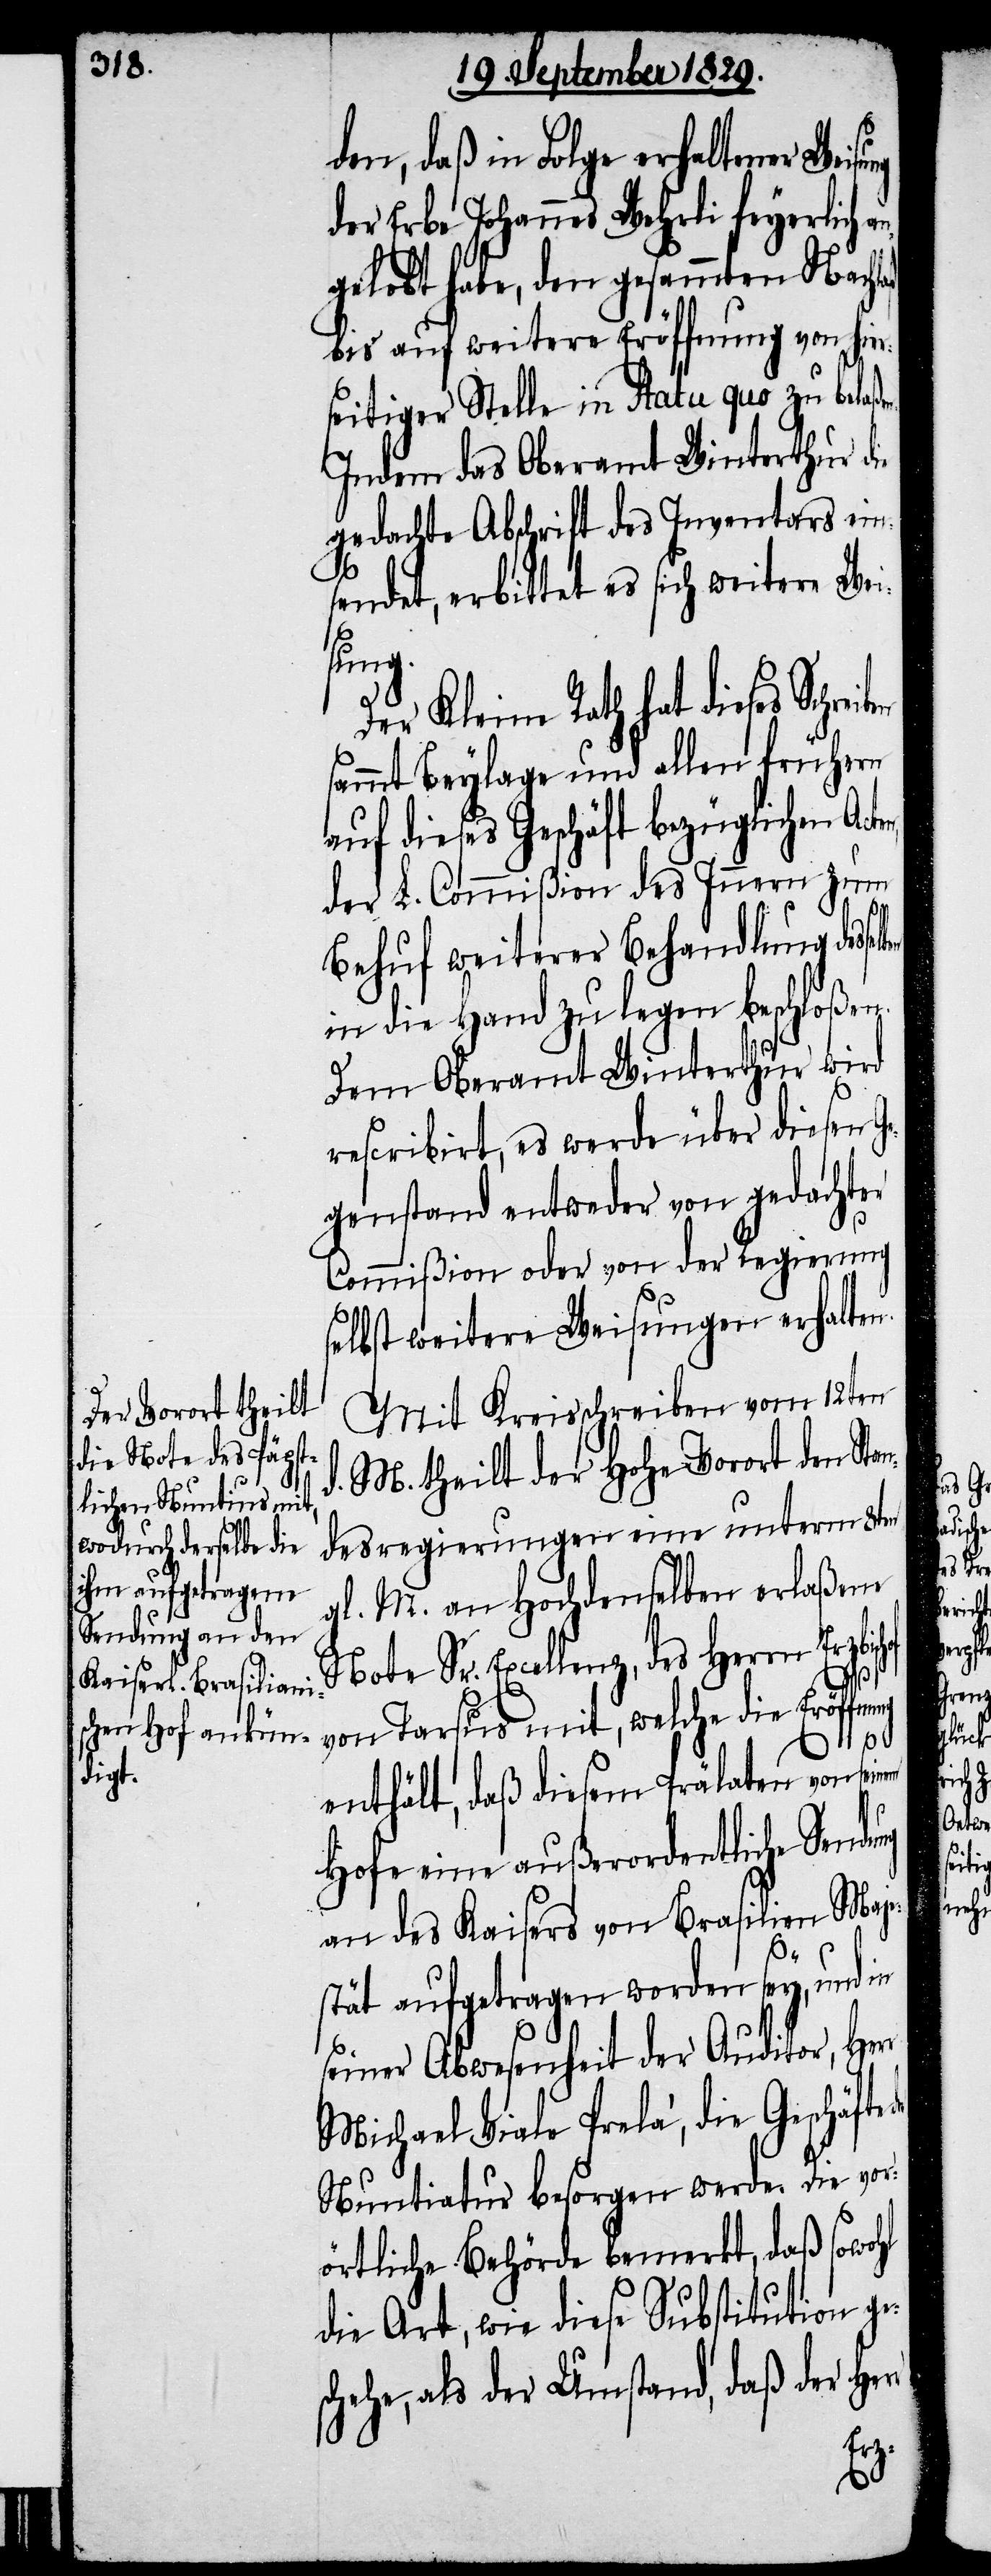
den, daß in Folge erhaltener Wei¬
der Erbe Johannes Wehrli feyerlich a¬
ngelobt habe, den gesammten Nachlaß
bis auf weitere Eröffnung von hier¬
seitiger Stelle in statu quo zu belaß¬
Indem das Oberamt Winterthur die
gedachte Abschrift des Inventars ein¬
sendet, erbittet es sich weitere Wei¬
ung
Der Kleine Rath hat dieses Schrei¬
sammt Beylage und allen frühern
auf dieses Geschäft bezüglichen Act¬
der L. Commißion des Innern zum
Behuf weiterer Behandlung desse¬
in die Hand zu legen beschloßen.
Dem Oberamt Winterthur wird
rescribirt, es werde über diesen Ge¬
genstand entweder von gedachter
Commißion oder von der Regierung
selbst weitere Weisungen erhalten.
Mit Kreisschreiben vom 12ten
M. theilt der Hohe Vorort den Stan¬
desregierungen eine unterm 8ten
gl. M. an Hochdenselben erlaßene
Sr. Excellenz, des Herrn Erzbis¬
von Tarsus mit, welche die Eröffn¬
enthält, daß diesem Prälaten von sei¬
Hofe eine außerordentliche Sendu¬
an des Kaisers von Brasilien Maje¬
stät aufgetragen worden sey, und in
seiner Abwesenheit der Auditor, Her¬
Michael Viale Prelà, die Geschäfte
Nuntiatur besorgen werde. Die vor¬
örtliche Behörde bemerkt, daß sowohl
die Art, wie diese Substitution ge¬
schehe, als der Umstand, daß der Her¬

der
chof
r
nem